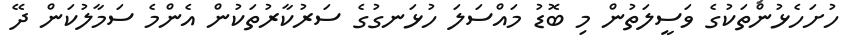
ހުށަހެޅުންތަކުގެ ވަސީލަތުން މި ބޮޑު މައްސަލަ ހުޅަނގުގެ ސަރުކާރުތަކުން އެންމެ ސަމާލުކަން ދޭ